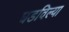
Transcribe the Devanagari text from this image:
घडविल्या